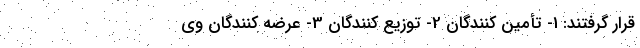
قرار گرفتند: 1- تأمین کنندگان 2- توزیع کنندگان 3- عرضه کنندگان وی